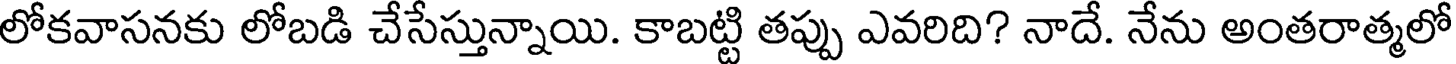
లోకవాసనకు లోబడి చేసేస్తున్నాయి. కాబట్టి తప్పు ఎవరిది? నాదే. నేను అంతరాత్మలో